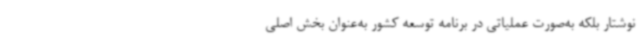
نوشتار بلکه به‌صورت عملیاتی در برنامه توسعه کشور به‌عنوان بخش اصلی